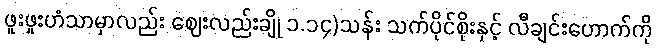
ဖူးဖူးဟံသာမှာလည်း ဈေးလည်းချို ၁.၁၄)သန်း သက်ပိုင်စိုးနှင့် လီချင်းဟောက်ကို